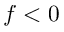
f < 0